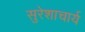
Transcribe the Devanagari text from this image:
सुरेशाचार्य